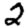
Digit: 2